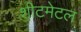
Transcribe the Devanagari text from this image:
शीटमेटल